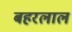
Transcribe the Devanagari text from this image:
बहरलाल